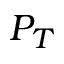
P _ { T }